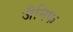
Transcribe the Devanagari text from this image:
जैनिफ